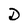
Character: D